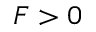
F > 0